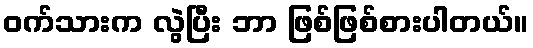
ဝက်သားက လွဲပြီး ဘာ ဖြစ်ဖြစ်စားပါတယ်။